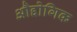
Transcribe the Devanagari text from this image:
औद्दोगिक